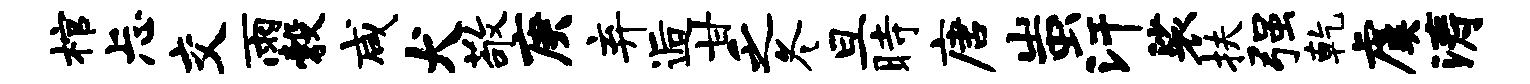
棺忐交雨彀咸犬敬庚弃逅甘乏冬旦时唐蚩汗裟扶强乾虞涛